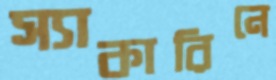
স্যাকারিনে